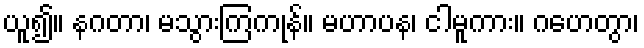
ယူ၍။ နဂတာ၊ မသွားကြကုန်။ မဟာပန၊ ငါမူကား။ ဂဟေတွာ၊